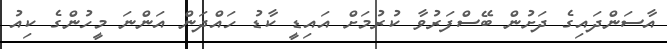
އާސަންދައިގެ ދަށުން ބޭސްފަރުވާ ކުރުމަށް އައިޑީ ކާޑު ހައްދަން އަންނަ މީހުންގެ ކިއު